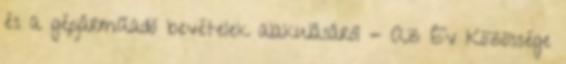
és a gépjárműadó bevételek alakulásáról - Az Év Közössége